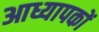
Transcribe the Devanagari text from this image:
आध्यापकों